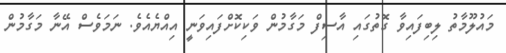
މައުލޫމާތު ލިބިފައިވާ ގޮތުގައި އާސިފް މަގާމުން ވަކިކޮށްފައިވަނީ އިއްޔެއެވެ. ނަމަވެސް އޭނާ މަގާމުން